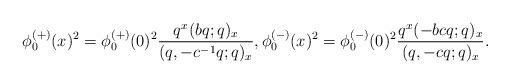
LaTeX: \begin{align*} \phi^{(+)}_0(x)^2 =\phi^{(+)}_0(0)^2\frac{q^x(bq;q)_x}{(q,-c^{-1}q;q)_x}, \phi^{(-)}_0(x)^2=\phi^{(-)}_0(0)^2\frac{q^x(-bcq;q)_x}{(q,-cq;q)_x}. \end{align*}